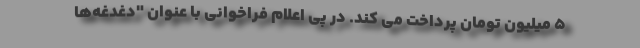
۵ میلیون تومان پرداخت می کند. در پی اعلام فراخوانی با عنوان "دغدغه‌ها